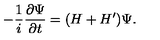
- { \frac { 1 } { i } } { \frac { \partial \Psi } { \partial t } } = ( H + H ^ { \prime } ) \Psi .